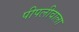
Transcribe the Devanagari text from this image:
पीपलीवाला